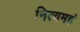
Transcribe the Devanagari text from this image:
नित्यमहं